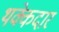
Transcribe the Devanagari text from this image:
थक्केदार